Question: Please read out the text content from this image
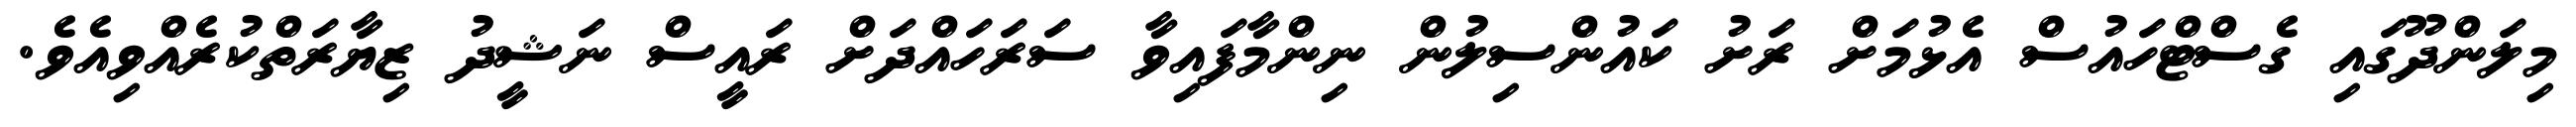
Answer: މިލަންދޫގައި ގެސްޓްހައުސް އެޅުމަށް ރަށު ކައުންސިލުން ނިންމާފައިވާ ސަރަހައްދަށް ރައީސް ނަޝީދު ޒިޔާރަތްކުރެއްވިއެވެ.